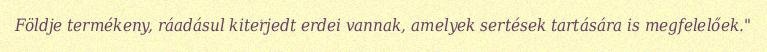
Földje termékeny, ráadásul kiterjedt erdei vannak, amelyek sertések tartására is megfelelőek."